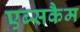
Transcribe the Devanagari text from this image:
एब्सकैम